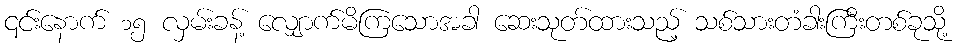
၎င်းနောက် ၁၅ လှမ်းခန့် လျှောက်မိကြသောအခါ ဆေးသုတ်ထားသည့် သစ်သားတံခါးကြီးတစ်ခုသို့